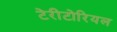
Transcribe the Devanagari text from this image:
टेरीटोरियल